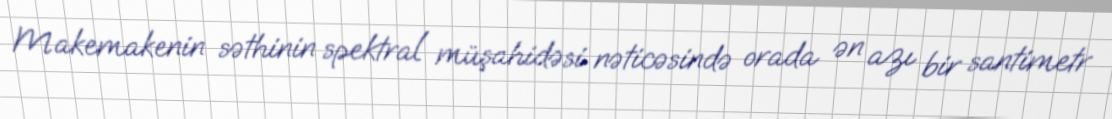
Makemakenin səthinin spektral müşahidəsi nəticəsində orada ən azı bir santimetr